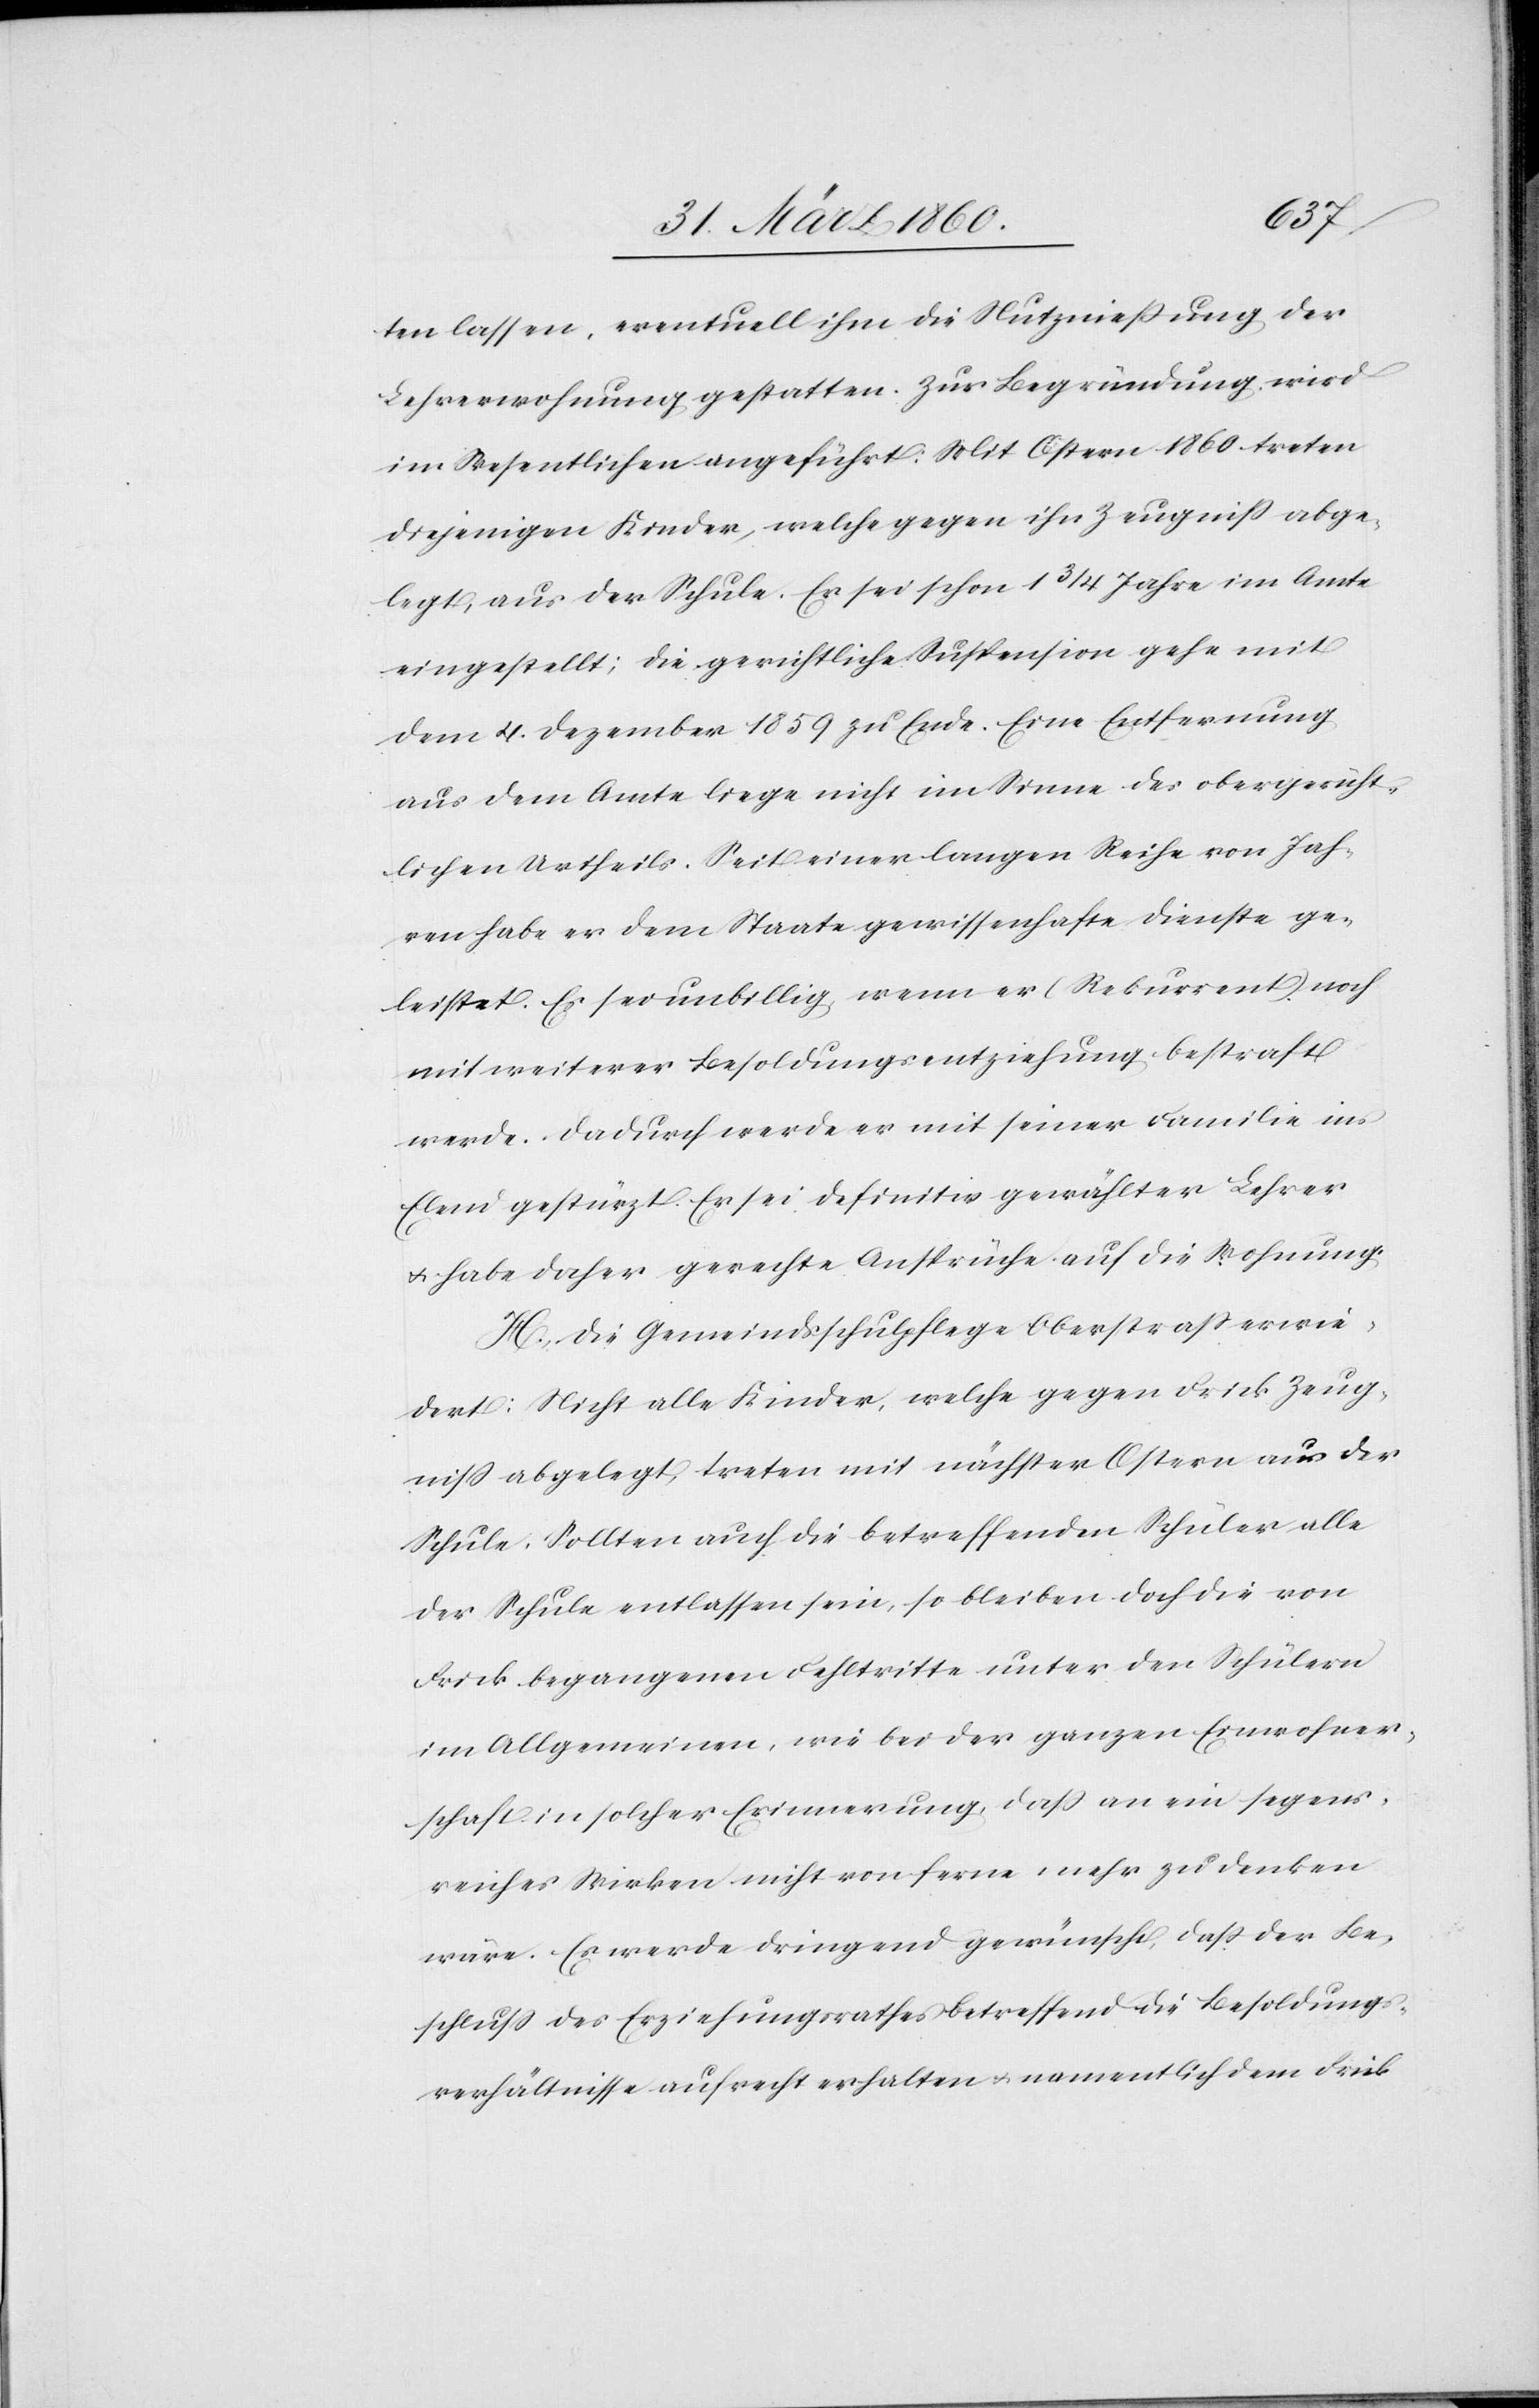
ten lassen, eventuell ihm die Nutznießung der
Lehrerwohnung gestatten. Zur Begründung wird
im Wesentlichen angeführt: Mit Ostern 1860 treten
diejenigen Kinder, welche gegen ihn Zeugniss abge¬
legt, aus der Schule. Er sei schon 1 3/4 Jahr im Amte
eingestellt; die gerichtliche Suspension gehe mit
dem 4. Dezember 1859 zu Ende. Eine Entfernung
aus dem Amte liege nicht im Sinne des obergericht¬
lichen Urtheils. Seit einer langen Reihe von Jah¬
ren habe er dem Staate gewissenhafte Dienste ge¬
leistet. Es sei unbillig, wenn er (Rekurrent) noch
mit weiterer Besoldungsentziehung bestraft
werde. Dadurch werde er mit seiner Familie ins
Elend gestürzt. Er sei definitiv gewählter Lehrer
u. habe daher gerechte Ansprüche auf die Wohnung.
H. Die Gemeindschulpflege Oberstrass erwie¬
dert: Nicht alle Kinder, welche gegen Frick Zeug¬
niss abgelegt, treten mit nächster Ostern aus der
Schule. Sollten auch die betreffenden Schüler alle
der Schule entlassen sein, so bleiben doch die von
Frick begangenen Fehltritte unter den Schülern
im Allgemeinen, wie bei der ganzen Einwohner¬
schaft in solcher Erinnerung, dass an ein segens¬
reiches Wirken nicht von ferne mehr zu denken
wäre. Es werde dringend gewünscht, dass der Be¬
schluss des Erziehungsrathes betreffend die Besoldungs¬
verhältnisse aufrecht erhalten u. namentlich dem Frick